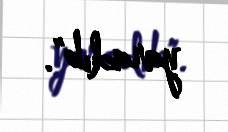
yaradıb".